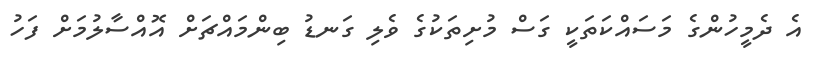
އެ ދެމީހުންގެ މަސައްކަތަކީ ގަސް މުށިތަކުގެ ވެލި ގަނޑު ބިންމައްޗަށް އޮއްސާލުމަށް ފަހު